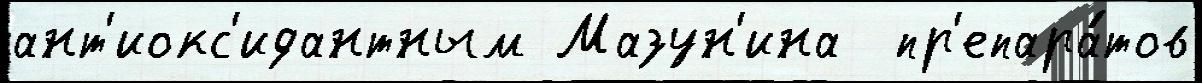
ант'иокс'идантным Мазун'ина  пр'епара́тов